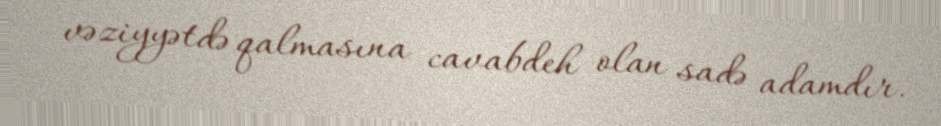
vəziyyətdə qalmasına cavabdeh olan sadə adamdır.